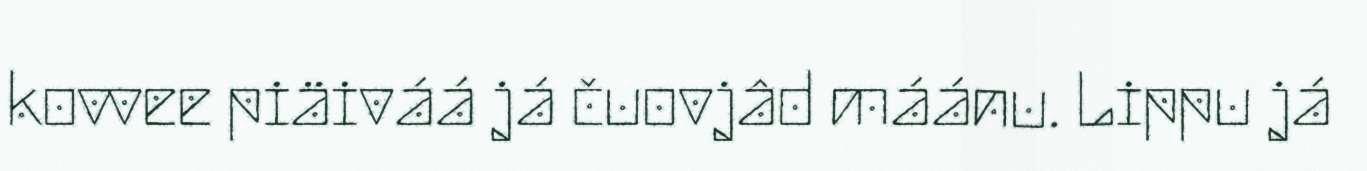
kovvee piäiváá já čuovjâd máánu. Lippu já